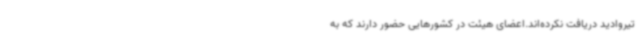
تیروادید دریافت نکرده‌اند.اعضای هیئت در کشورهایی حضور دارند که به